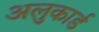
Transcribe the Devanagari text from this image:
अलुकार्ड